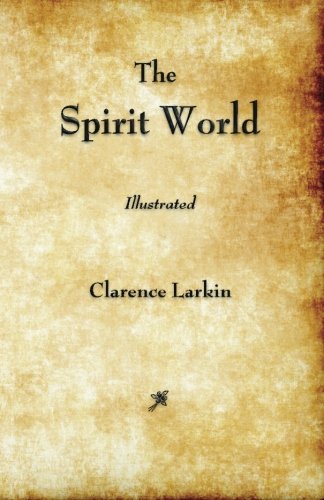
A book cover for The Spirit World; Clarence Larkin; Christian Books & Bibles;